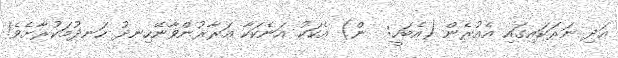
އަދި ނަރަކައިގައި އެއުރެން (އެބަހީ:  ން) އެކަކު އަނެކަކާ އަރާރުންވާނޭހިނދު ހަނދުމަކުރާށެވެ!